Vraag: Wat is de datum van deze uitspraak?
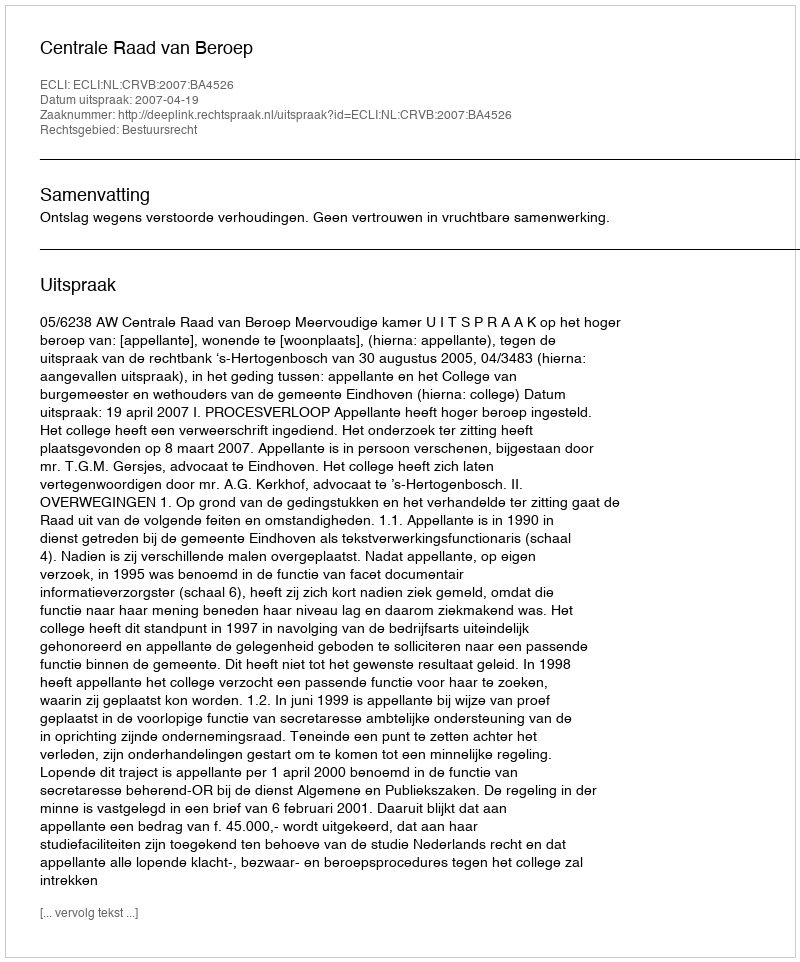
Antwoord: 2007-04-19